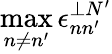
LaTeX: \operatorname*{max}_{n\neq n^{\prime}}\epsilon_{nn^{\prime}}^{\perp N^{\prime}}